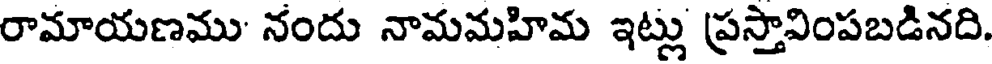
రామాయణము' నందు నామమహిమ ఇట్లు ప్రస్తావింపబడినది.